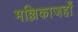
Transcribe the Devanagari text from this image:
मल्लिकाजहाँ